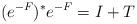
LaTeX: \begin{align*}(e^{-F})^* e^{-F} = I +T\end{align*}